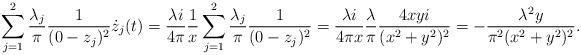
LaTeX: \begin{align*}\sum_{j=1}^2 \frac{\lambda_j}{\pi}\frac{1}{(0-z_j)^2}\dot{z}_j(t)=\frac{\lambda i}{4\pi}\frac{1}{x}\sum_{j=1}^2 \frac{\lambda_j}{\pi}\frac{1}{(0-z_j)^2}=\frac{\lambda i}{4\pi x}\frac{\lambda}{\pi}\frac{4xyi}{(x^2+y^2)^2}=-\frac{\lambda^2 y}{\pi^2(x^2+y^2)^2}.\end{align*}